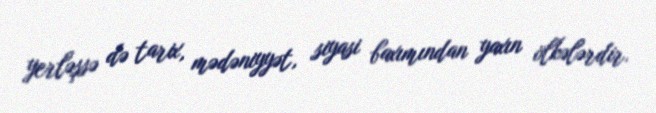
yerləşsə də tarix, mədəniyyət, siyasi baxımından yaxın ölkələrdir.